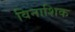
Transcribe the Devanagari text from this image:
विनाशिक